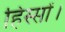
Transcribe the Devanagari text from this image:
हिस्सों।